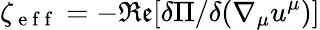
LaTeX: \zeta_{\mathrm{~e~f~f~}}=-\mathfrak{Re}[\delta\Pi/\delta(\nabla_{\mu}u^{\mu})]